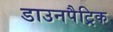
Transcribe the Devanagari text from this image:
डाउनपैट्रिक